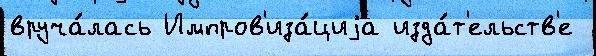
вруча́лась Импров'иза́циjа изда́т'ельств'е